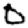
Digit: 0